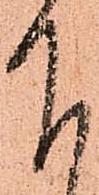
下